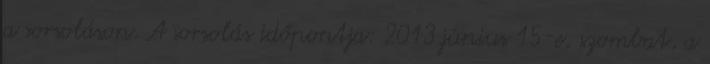
a sorsoláson. A sorsolás időpontja: 2013.június 15-e, szombat, a